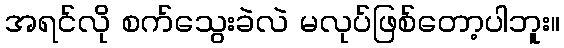
အရင်လို စက်သွေးခဲလဲ မလုပ်ဖြစ်တော့ပါဘူး။